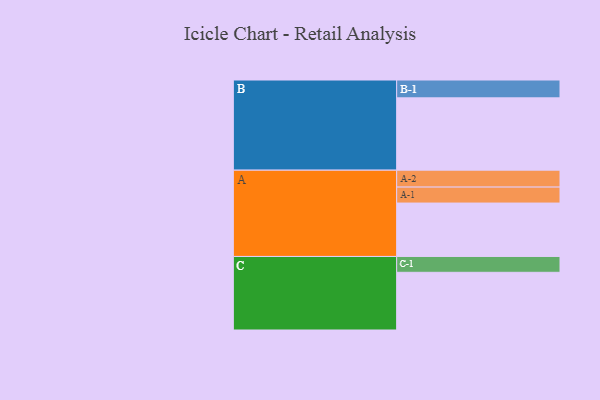
{"axis": {"x": "Segment", "y": "Value"}, "legend": ["", "A", "B", "C"], "data": [{"x": "A", "y": 398, "type": ""}, {"x": "B", "y": 539, "type": ""}, {"x": "C", "y": 430, "type": ""}, {"x": "A-1", "y": 119, "type": "A"}, {"x": "A-2", "y": 126, "type": "A"}, {"x": "B-1", "y": 133, "type": "B"}, {"x": "C-1", "y": 118, "type": "C"}]}